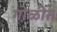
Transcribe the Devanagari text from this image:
गोळीत